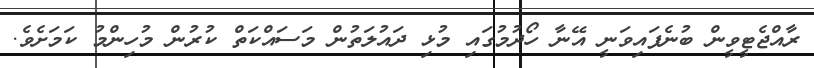
ރާއްޖެޓީވީން ބުނެފައިވަނީ އޭނާ ހޯދުމުގައި މުޅި ދައުލަތުން މަސައްކަތް ކުރުން މުހިންމު ކަމަށެވެ.